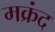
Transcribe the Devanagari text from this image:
मक्रंद